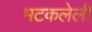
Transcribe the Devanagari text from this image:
भटकलेली